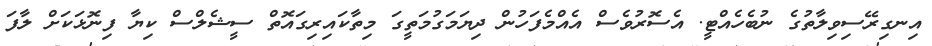
އިނގިރޭސިވިލާތުގެ ނުބެހެއްޓީ. އެސޮރުވެސް އެއްމެފަހުން ދިޔަމަގުމަތީގަ މިތާކައިރިގައޮތް ސީޝެލްސް ކިޔާ ފިނޮޅަކަށް ލާފަ